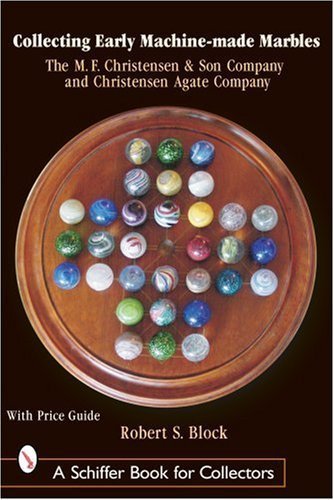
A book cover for Collecting Early Machine-Made Marbles: The M. F. Christensen & Son Company and Christensen Agate Company by Block, Robert S. (2003) Hardcover; Robert S. Block; Crafts, Hobbies & Home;